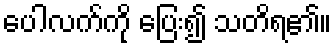
ပေါလက်ကို ပြေး၍ သတိရ၏။